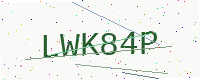
Text: LWK84P